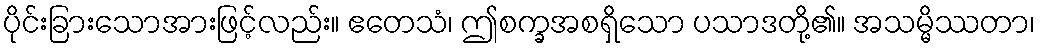
ပိုင်းခြားသောအားဖြင့်လည်း။ ဧတေသံ၊ ဤစက္ခအစရှိသော ပသာဒတို့၏။ အသမ္မိဿတာ၊